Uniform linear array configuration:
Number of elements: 48
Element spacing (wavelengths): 1
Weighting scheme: hamming
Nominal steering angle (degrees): -30
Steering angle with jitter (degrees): -31.433
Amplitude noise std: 0.05
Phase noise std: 0.05

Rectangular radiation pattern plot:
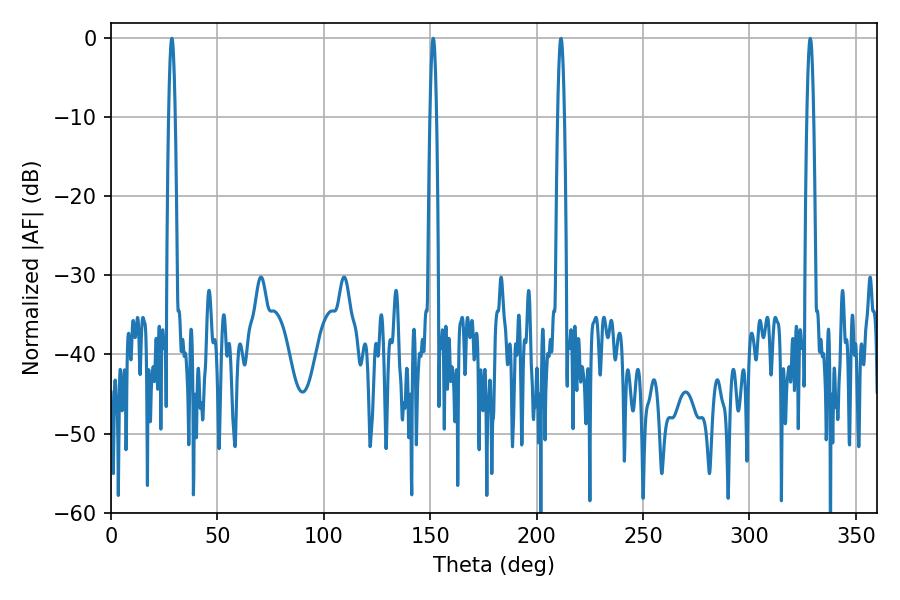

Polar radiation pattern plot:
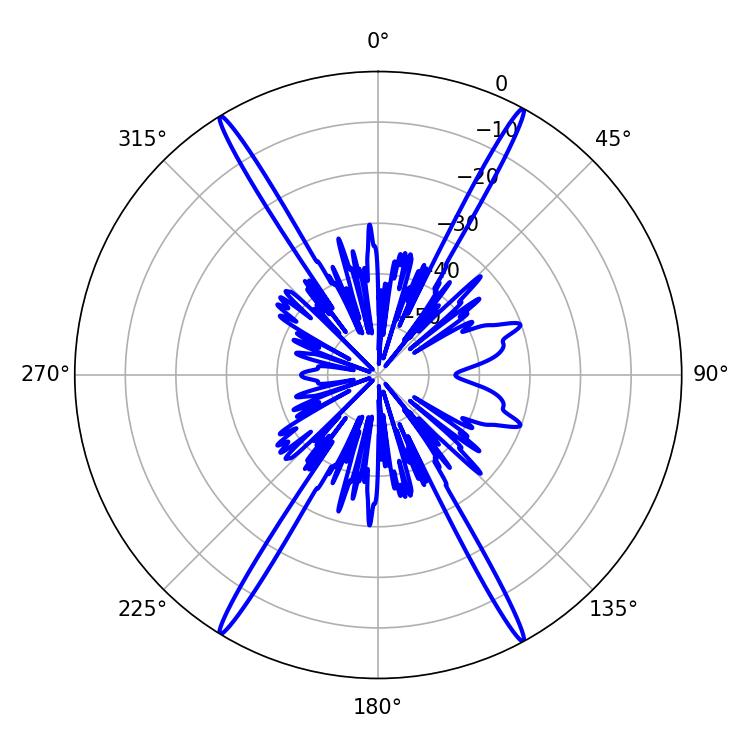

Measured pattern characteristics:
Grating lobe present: TRUE
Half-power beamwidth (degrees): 1.62
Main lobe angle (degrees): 28.62